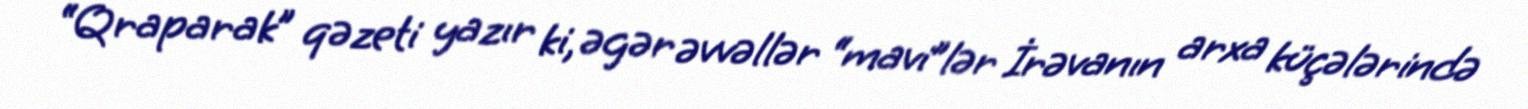
“Qraparak” qəzeti yazır ki, əgər əvvəllər “mavi”lər İrəvanın arxa küçələrində